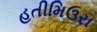
હતીમિઉરા